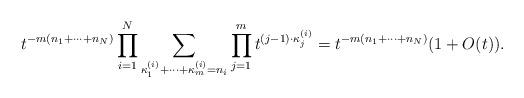
LaTeX: \begin{align*}t^{-m(n_1+\cdots+n_N)}\prod_{i=1}^N\sum_{\kappa_1^{(i)}+\cdots+\kappa_m^{(i)}=n_i}\prod_{j=1}^{m} t^{(j-1)\cdot \kappa_{j}^{(i)}}=t^{-m(n_1+\cdots+n_N)}(1+O(t)).\end{align*}